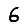
Digit: 6